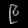
Digit: ၉